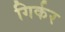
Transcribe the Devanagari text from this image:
गिर्कर